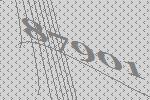
87901